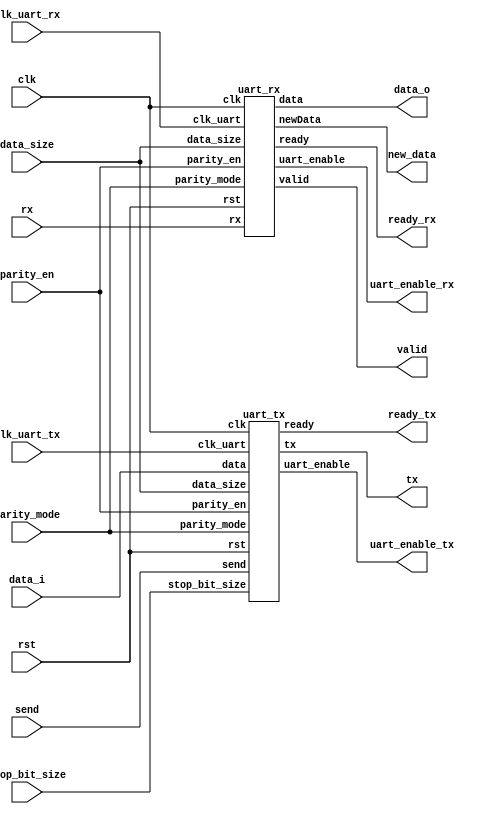
/* ------------------------------------------------ *
 * Title       : UART interface  v1.2               *
 * Project     : Simple UART                        *
 * ------------------------------------------------ *
 * Last Edit   : 23/05/2021                         *
 * Licence     : CERN-OHL-W                         *
 * ------------------------------------------------ *
 * Description : UART communication modules         *
 * ------------------------------------------------ *
 * Revisions                                        *
 *     v1      : Inital version                     *
 *     v1.1    : Redeclerations of clk_uart in     *
 *               Tx and Rx modules removed          *
 *     v1.2    : Move UART generation into outside  *
 *               of UART modules                    *
 * ------------------------------------------------ */

module uart_transceiver(
  input clk,
  input rst,
  //UART
  output tx,
  input rx,
  //Uart clock connection
  input clk_uart_tx,
  input clk_uart_rx,
  output uart_enable_tx,
  output uart_enable_rx,
  //Config signals 
  input data_size, //0: 7bit; 1: 8bit
  input parity_en,
  input [1:0] parity_mode, //11: odd; 10: even, 01: mark(1), 00: space(0)
  input stop_bit_size, //0: 1bit; 1: 2bit
  //Data interface
  input [7:0] data_i,
  output [7:0] data_o,
  output valid,
  output new_data,
  output ready_tx,
  output ready_rx,
  input send);
  
  uart_rx RxUART(clk, rst, rx, clk_uart_rx, uart_enable_rx, data_size, parity_en, parity_mode, data_o, valid, ready_rx, new_data);

  uart_tx TxUART(clk, rst, tx, clk_uart_tx, uart_enable_tx, data_size, parity_en, parity_mode, stop_bit_size, data_i, ready_tx, send);
endmodule//uart_dual

module uart_tx(
  input clk,
  input rst,
  //UART transmit
  output reg tx,
  //Uart clock connection
  input clk_uart,
  output uart_enable,
  //Config signals
  input data_size, //0: 7bit; 1: 8bit
  input parity_en,
  input [1:0] parity_mode, //11: odd; 10: even, 01: mark(1), 00: space(0)
  input stop_bit_size, //0: 1bit; 1: 2bit
  //Data interface
  input [7:0] data,
  output ready,
  input send);
  localparam READY = 3'b000,
             START = 3'b001,
              DATA = 3'b011,
            PARITY = 3'b110,
               END = 3'b100;
  reg [2:0] counter;
  reg [2:0] state;
  reg [7:0] data_buff;
  wire in_Ready, in_Start, in_Data, in_Parity, in_End;
  reg en, parity_calc, in_End_d;
  wire countDONE;
  
  //Decode states
  assign in_Ready = (state == READY);
  assign in_Start = (state == START);
  assign in_Data = (state == DATA);
  assign in_Parity = (state == PARITY);
  assign in_End = (state == END);
  assign ready = in_Ready;


  assign countDONE = (in_End & (counter[0] == stop_bit_size)) | (in_Data & (counter == {2'b11, data_size}));
  assign uart_enable = en & (~in_End_d | in_End);

  //Internal enable signal
  always@(posedge clk)
    begin
      if(rst)
        begin
          en <= 1'd0;
        end
      else
        begin
          case(en)
            1'b0:
              begin
                en <= send;
              end
            1'b1:
              begin
                en <= ~in_End_d | in_End; //only high on negative edge
              end
          endcase
        end
    end
  
  //State transactions
  always@(negedge clk_uart or posedge rst)
    begin
      if(rst)
        begin
          state <= READY;
        end
      else
        begin
          case(state)
            READY:
              begin
                state <= (en) ? START : state;
              end
            START:
              begin
                state <= DATA;
              end
            DATA:
              begin
                state <= (countDONE) ? ((parity_en) ? PARITY : END) : state;
              end
            PARITY:
              begin
                state <= END;
              end
            END:
              begin
                state <= (countDONE) ? READY : state;
              end
            default:
              begin
                state <= READY;
              end
          endcase
        end
    end
  
  //delay in_End
  always@(posedge clk) in_End_d <= in_End;

  //Counter
  always@(negedge clk_uart or posedge rst)
    begin
      if(rst)
        begin
          counter <= 3'd0;
        end
      else
        begin
          case(state)
            DATA:
              begin
                counter <= (countDONE) ? 3'd0 : (counter + 3'd1);
              end
            END:
              begin
                counter <= (countDONE) ? 3'd0 : (counter + 3'd1);
              end
            default:
              begin
                counter <= 3'd0;
              end
          endcase
          
        end
    end
  
  //handle data_buff
  always@(negedge clk_uart)
    begin
      case(state)
        START:
          begin
            data_buff <= data;
          end
        DATA:
          begin
            data_buff <= (data_buff >> 1);
          end
        default:
          begin
            data_buff <= data_buff;
          end
      endcase
    end
  
  //tx routing
  always@*
    begin
      case(state)
        START:
          begin
            tx = 1'b0;
          end
        DATA:
          begin
            tx = data_buff[0];
          end
        PARITY:
          begin
            tx = parity_calc;
          end
        default:
          begin
            tx = 1'b1;
          end
      endcase
      
    end
  
  //Parity calc
  always@(posedge clk_uart)
    begin
      if(in_Start) //reset
        begin
          parity_calc <= parity_mode[0];
        end
      else
        begin
          parity_calc <= (in_Data) ? (parity_calc ^ (tx & parity_mode[1])) : parity_calc;
        end
    end
endmodule//uart_tx

module uart_rx(
  input clk,
  input rst,
  //UART receive
  input rx,
  //Uart clock connection
  input clk_uart,
  output uart_enable,
  //Config signals
  input data_size, //0: 7bit; 1: 8bit
  input parity_en,
  input [1:0] parity_mode, //11: odd; 10: even, 01: mark(1), 00: space(0)
  //Data interface
  output reg [7:0] data,
  output reg valid,
  output ready,
  output newData);
  localparam READY = 3'b000,
             START = 3'b001,
              DATA = 3'b011,
            PARITY = 3'b110,
               END = 3'b100;
  reg [2:0] counter; 
  reg [2:0] state;
  reg [7:0] data_buff;
  wire in_Ready, in_Start, in_Data, in_Parity, in_End;
  reg parity_calc, in_End_d, en;

  //Decode states
  assign in_Ready = (state == READY);
  assign in_Start = (state == START);
  assign in_Data = (state == DATA);
  assign in_Parity = (state == PARITY);
  assign in_End = (state == END);
  assign ready = in_Ready;

  assign newData = ~in_End & in_End_d; //New data add negedge of in_End
  assign countDONE = in_Data & (counter == {2'b11, data_size});
  assign uart_enable = en & (~in_End_d | in_End);

  //internal enable
  always@(posedge clk or posedge rst)
    begin
      if(rst)
        begin
          en <= 1'b0;
        end
      else
        begin
          case(en)
            1'b0:
              begin
                en <= (rx) ? en : 1'b1;
              end
            1'b1:
              begin
                en <= ~in_End_d | in_End;
              end
          endcase
          
        end
    end
  
  //Counter
  always@(negedge clk_uart or posedge rst)
    begin
      if(rst)
        begin
          counter <= 3'd0;
        end
      else
        begin
          case(state)
            DATA:
              begin
                counter <= (countDONE) ? 3'd0 : (counter + 3'd1);
              end
            default:
              begin
                counter <= 3'd0;
              end
          endcase
        end
    end
  
  //State transactions
  always@(negedge clk_uart or posedge rst)
    begin
      if(rst)
        begin
          state <= READY;
        end
      else
        begin
          case(state)
            READY:
              begin
                state <= (en) ? START : state;
              end
            START:
              begin
                state <= DATA;
              end
            DATA:
              begin
                state <= (countDONE) ? ((parity_en) ? PARITY : END) : state;
              end
            PARITY:
              begin
                state <= END;
              end
            END:
              begin
                state <= READY;
              end
            default:
              begin
                state <= READY;
              end
          endcase
        end
    end

  //delay in_End
  always@(posedge clk) in_End_d <= in_End;

  //Store received data
  always@(posedge clk)
    begin
      if(in_End)
        data <= data_buff;
    end
  
  //Handle data_buff
  always@(posedge clk_uart)
    begin
      case(state)
        START:
          begin //clear buffer
            data_buff <= 8'd0;
          end
        DATA:
          begin //Shift in new data from MS
            data_buff <= {rx, data_buff[7:1]};
          end
        END:
          begin //Shift one more 7bit data mode
            data_buff <= (data_size) ? data_buff : (data_buff >> 1);
          end
        default:
          begin
            data_buff <= data_buff;
          end
      endcase
      
    end
  
  //Parity check
  always@(posedge clk)
    begin
      if(rst)
        begin
          valid <= 1'b0;
        end
      else
        begin
          valid <= (in_Parity) ? (rx == parity_calc) : valid;
        end
    end
  
  //Parity calc
  always@(posedge clk_uart)
    begin
      if(in_Start) //reset
        begin
          parity_calc <= parity_mode[0];
        end
      else
        begin
          parity_calc <= (in_Data) ? (parity_calc ^ (rx & parity_mode[1])) : parity_calc;
        end
    end
endmodule//uart_tx